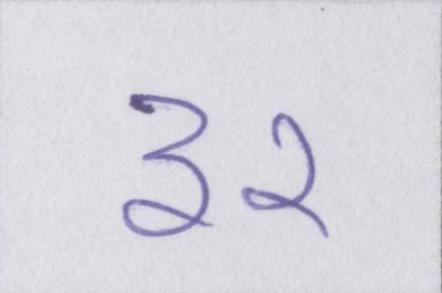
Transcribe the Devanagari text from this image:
३२